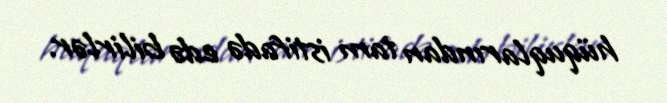
hüquqlarından tam istifadə edə bilirlər.